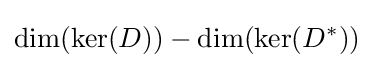
\dim(\ker(D))-\dim(\ker(D^{*}))